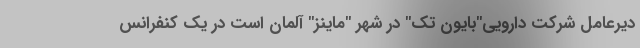
دیرعامل شرکت دارویی"بایون تک" در شهر "ماینز" آلمان است در یک کنفرانس